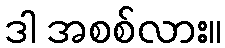
ဒါ အစစ်လား။